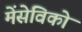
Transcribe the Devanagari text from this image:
मेंसेविको